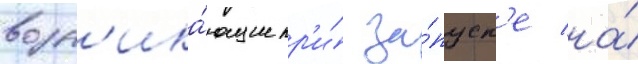
возн'ика́ющие пр'и́ за́пуск'е на́